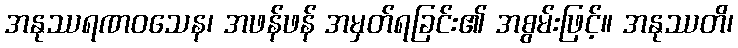
အနုဿရဏဝသေန၊ အဖန်ဖန် အမှတ်ရခြင်း၏ အစွမ်းဖြင့်။ အနုဿတိ၊